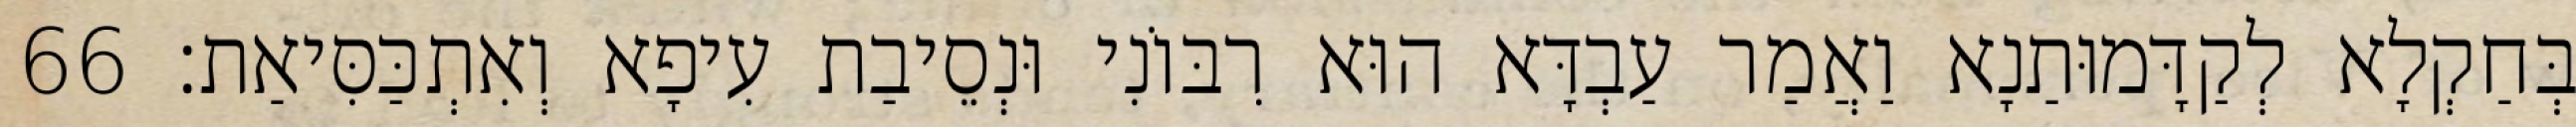
בְּחַקְלָא לְקַדָּמוּתַנָא וַאֲמַר עַבְדָּא הוּא רִבּוֹנִי וּנְסֵיבַת עִיפָא וְאִתְכַּסִּיאַת׃ 66